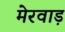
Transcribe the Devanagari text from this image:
मेरवाड़